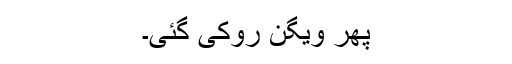
پھر ویگن روکی گئی۔